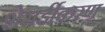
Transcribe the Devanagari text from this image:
शेरार्डीकरण